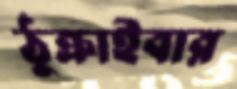
ঠুক্‌রাইবার